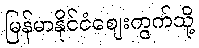
မြန်မာနိုင်ငံဈေးကွက်သို့